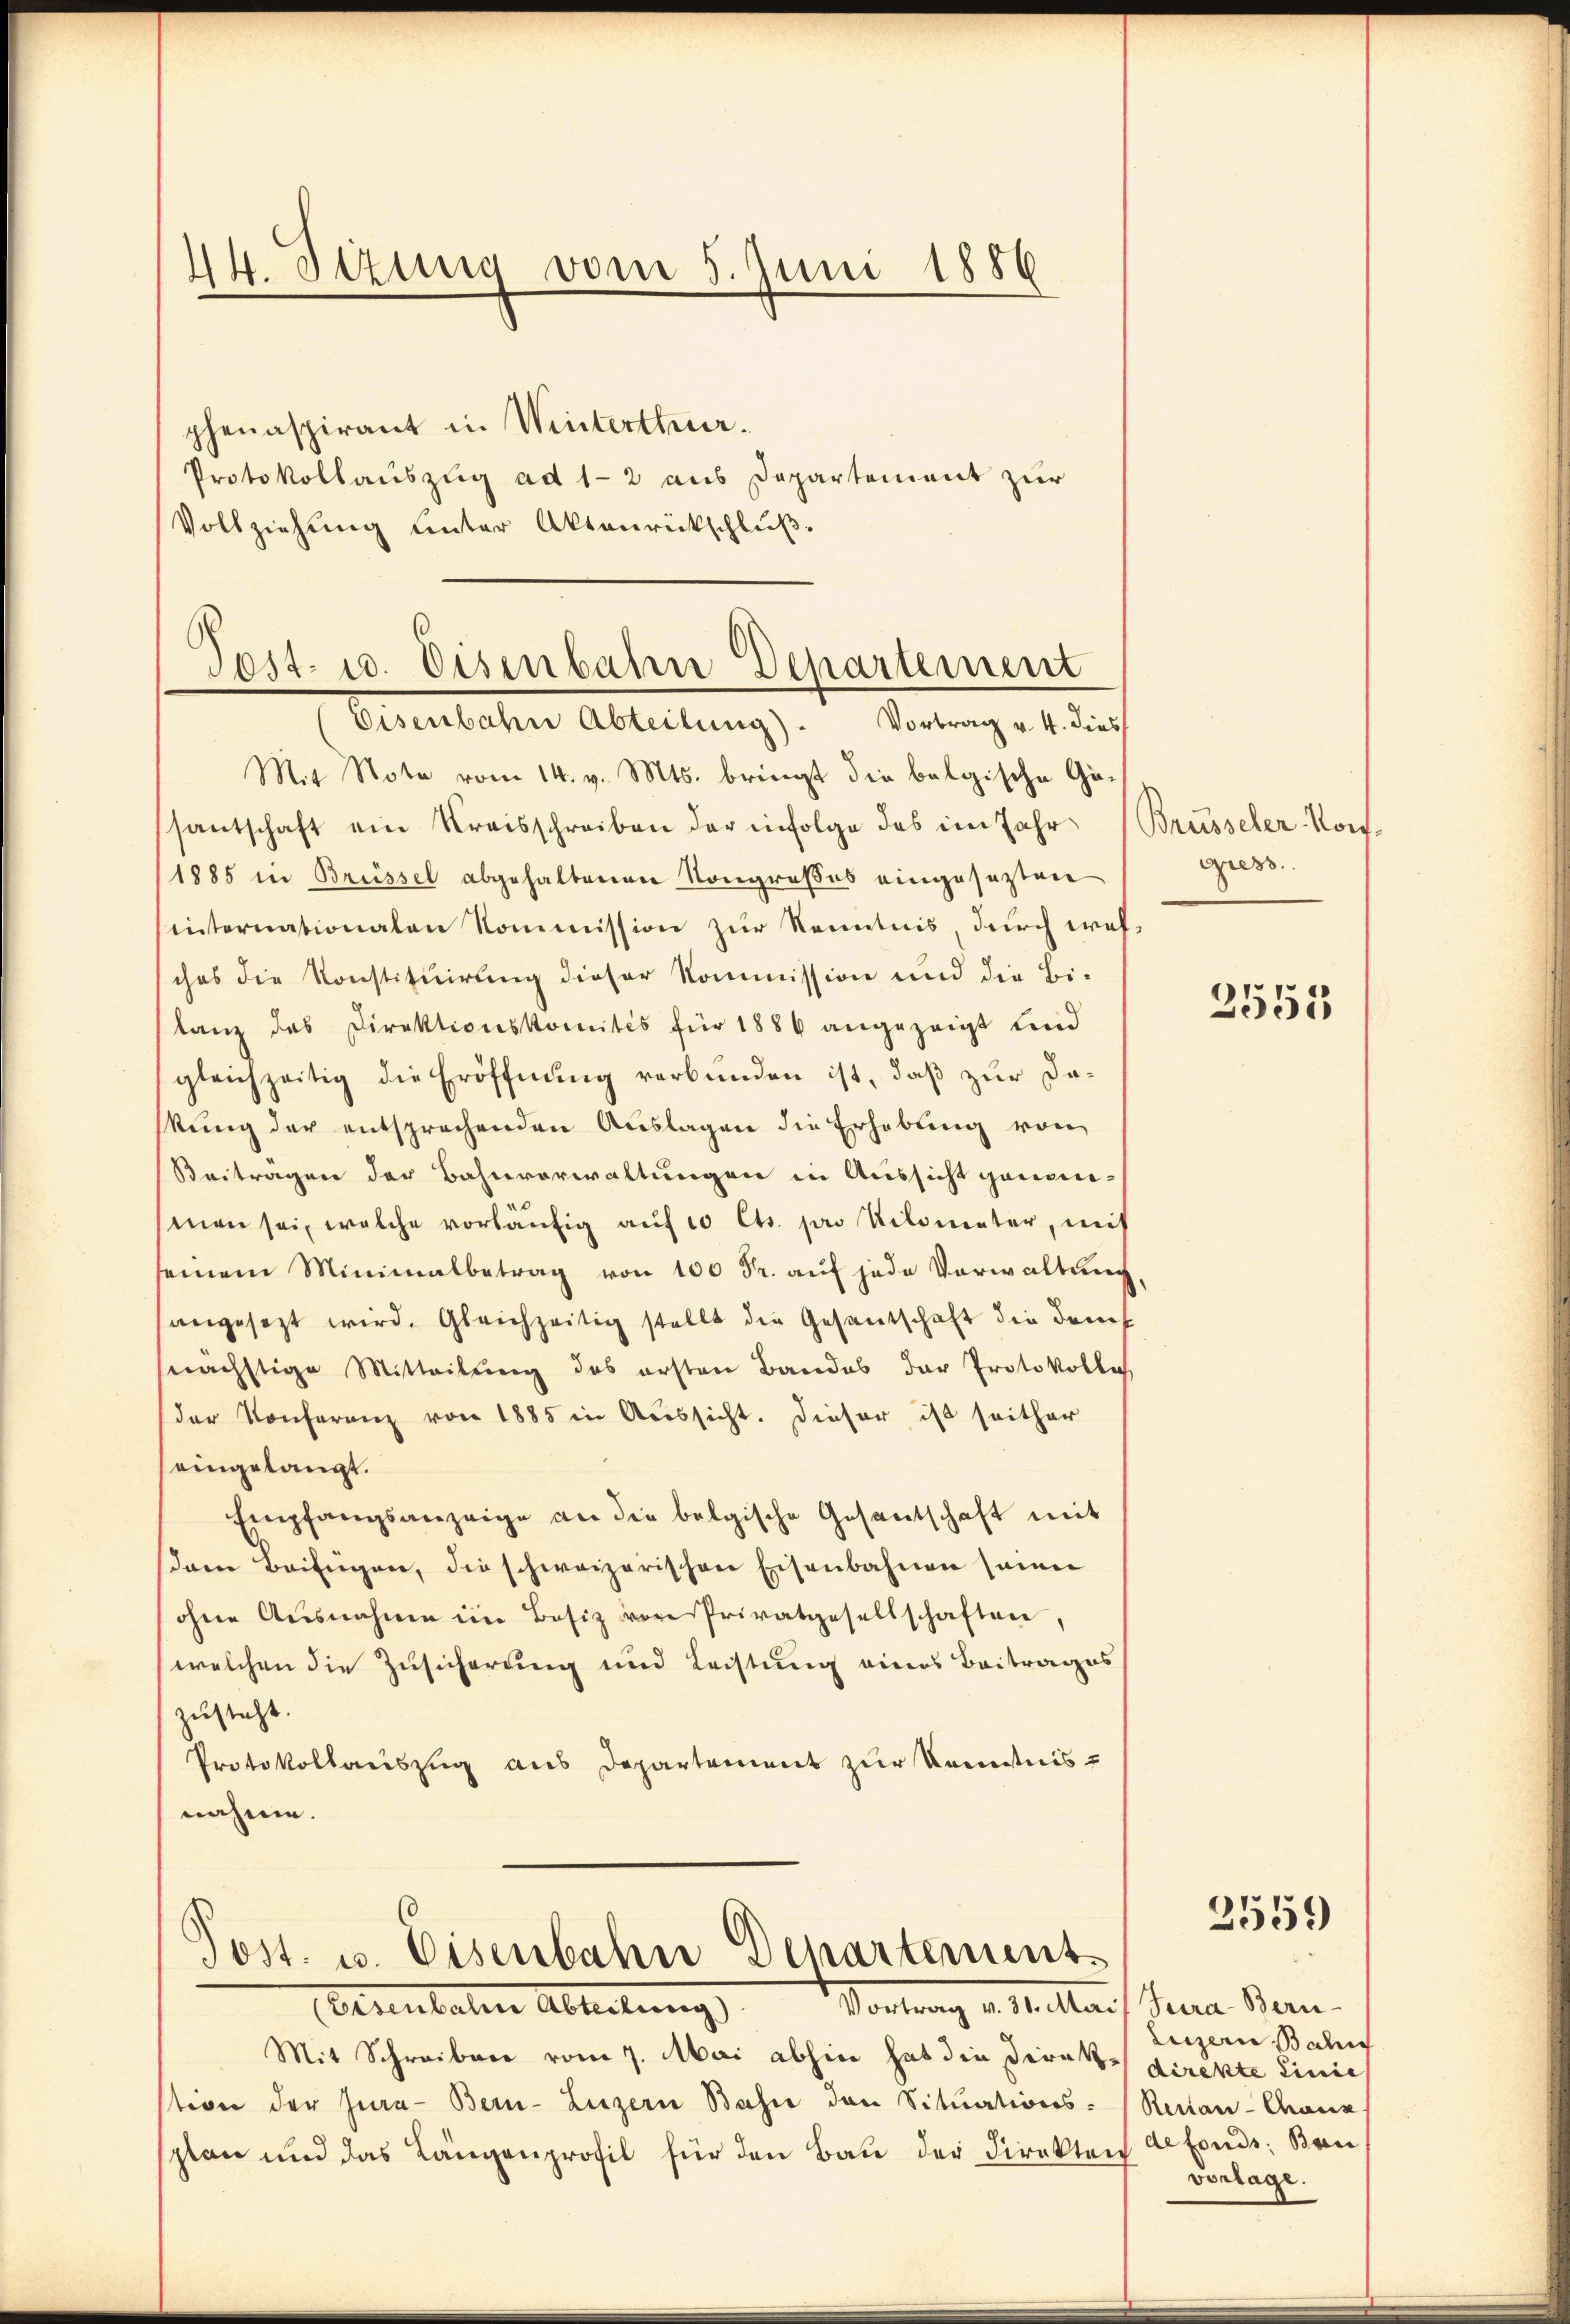
phenaspirant in Winterthur.
Protokollauszug ad 1-2 aus Departement zur
Vollziehung unter Aktenrückschluß.

14. Sizung vom 5. Juni 1886

Mit Note vom 14. v. Mts. bringt die belgische Gesantschaft ein Kreisschreiben der infolge das im Jahr (Brüsseler-Kon¬
1885 in Brüssel abgehaltenen Kongroßes eingesezten
internationalen Kommission zur Kenntnis durch wehches die Konstituirung dieser Kommission und die Bi-
lanz des Direktionskomités für 1886 angezeigt und
gleichzeitig die Eröffnung verbunden ist, daß zur Dakung der entsprechenden Auslagen die Erhebung von
Beitragen der Bahnverwaltungen in Aussicht genen-
man sei, welche vorläŭfig aŭf 10 Cts. pro Kilometer, mit
seinem Minimalbetrag von 100 Fr. auf jede Vorwaltung
angesezt wird. Gleichzeitig stellt die Gesantschaft die dem
nächstige Mitteilung des ersten Bandes der Protokollis
der Konferenz von 1885 in Aŭssicht. Dieser ist seither
eingelangt.
Empfangsanzeige an die belgische Gesantschaft mit
sdem Beifügen, die schweizerischen Eisenbahnen seine
ohne Ausnahme im Besiz von Privatgesellschaften,
welchen die Zusicherung und Leistung eines Beitrages
zusteht.
Protokollauszug aus Departement zur Kenntnis-
nahme.

Pest. 10. Disenbahn Departement
Eisenbahne Abteilung. Vortrag u. 4. dies

Vortrag v. M. Mar. Jena Bern
Petentale Ableitung
Mit Schreiben vom 7. Mai abhin hat die Direke direkte Linie
stion der Jura Bern- Luzern Bahn den Situations- (Renian-Chaus
splan und das Längenprofil für den Bau der Direkten

Post. u. Eisenbahn Departements

giess.

1
052

2559)

Luzern Bahi
defonds; Bau
vorlage.